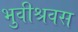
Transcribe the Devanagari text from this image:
भुवीश्रवस